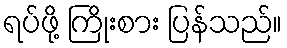
ရပ်ဖို့ ကြိုးစား ပြန်သည်။